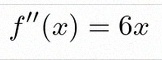
f''(x)=6x